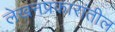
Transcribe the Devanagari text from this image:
लेखनप्रकारांतील